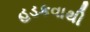
હડકવાથી